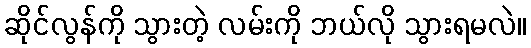
ဆိုင်လွန်ကို သွားတဲ့ လမ်းကို ဘယ်လို သွားရမလဲ။